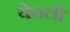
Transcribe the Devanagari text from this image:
येतली